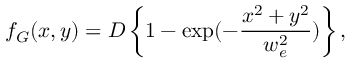
f _ { G } ( x , y ) = D \left\{ 1 - \exp ( - \frac { x ^ { 2 } + y ^ { 2 } } { w _ { e } ^ { 2 } } ) \right\} ,